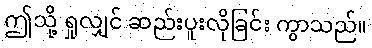
ဤသို့ ရှုလျှင် ဆည်းပူးလိုခြင်း ကွာသည်။